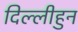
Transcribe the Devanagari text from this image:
दिल्लीहुन